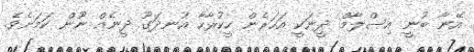
އޭނާ ބުނީ އިސްލާމް ދީނަކީ އަހަރެން ހީކުރާހާ އުނދަގޫ ދީނެއް ނޫން ކަމަށެވެ.